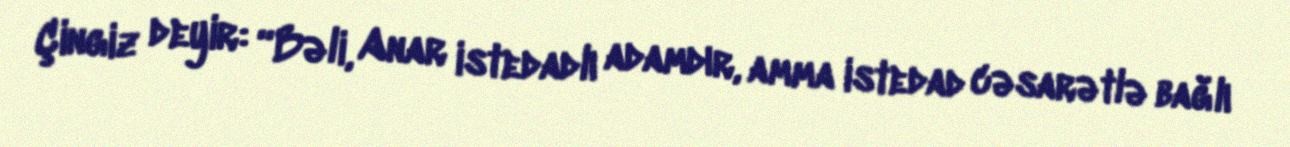
Çingiz deyir: “Bəli, Anar istedadlı adamdır, amma istedad cəsarətlə bağlı